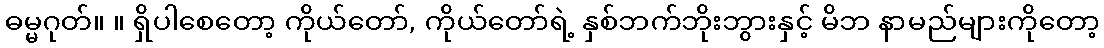
ဓမ္မဂုတ်။ ။ ရှိပါစေတော့ ကိုယ်တော်, ကိုယ်တော်ရဲ့ နှစ်ဘက်ဘိုးဘွားနှင့် မိဘ နာမည်များကိုတော့